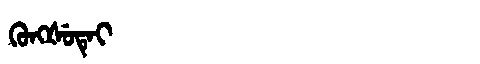
Manchu: ᡴᡠᠩᡧᡠᡨᡝᡳ
Romanization: KUNGŠUTEI